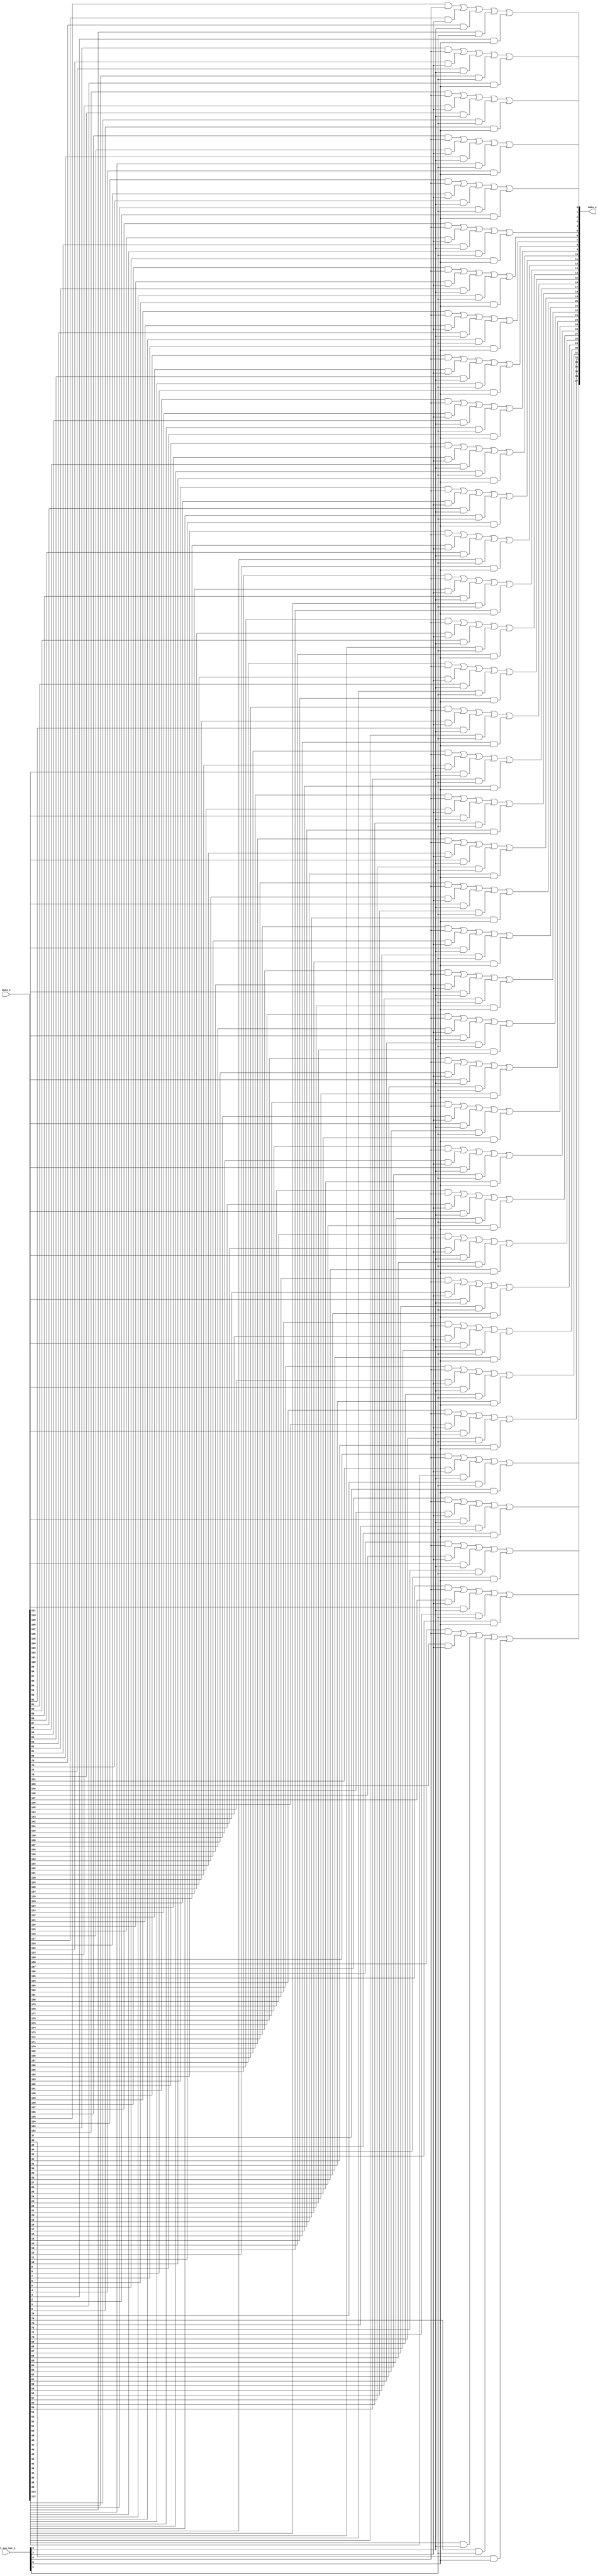
// This program was cloned from: https://github.com/NYU-MLDA/OpenABC
// License: BSD 3-Clause "New" or "Revised" License

module bsg_mux_one_hot_width_p38_els_p5
(
  data_i,
  sel_one_hot_i,
  data_o
);

  input [189:0] data_i;
  input [4:0] sel_one_hot_i;
  output [37:0] data_o;
  wire [37:0] data_o;
  wire N0,N1,N2,N3,N4,N5,N6,N7,N8,N9,N10,N11,N12,N13,N14,N15,N16,N17,N18,N19,N20,N21,
  N22,N23,N24,N25,N26,N27,N28,N29,N30,N31,N32,N33,N34,N35,N36,N37,N38,N39,N40,N41,
  N42,N43,N44,N45,N46,N47,N48,N49,N50,N51,N52,N53,N54,N55,N56,N57,N58,N59,N60,N61,
  N62,N63,N64,N65,N66,N67,N68,N69,N70,N71,N72,N73,N74,N75,N76,N77,N78,N79,N80,N81,
  N82,N83,N84,N85,N86,N87,N88,N89,N90,N91,N92,N93,N94,N95,N96,N97,N98,N99,N100,N101,
  N102,N103,N104,N105,N106,N107,N108,N109,N110,N111,N112,N113;
  wire [189:0] data_masked;
  assign data_masked[37] = data_i[37] & sel_one_hot_i[0];
  assign data_masked[36] = data_i[36] & sel_one_hot_i[0];
  assign data_masked[35] = data_i[35] & sel_one_hot_i[0];
  assign data_masked[34] = data_i[34] & sel_one_hot_i[0];
  assign data_masked[33] = data_i[33] & sel_one_hot_i[0];
  assign data_masked[32] = data_i[32] & sel_one_hot_i[0];
  assign data_masked[31] = data_i[31] & sel_one_hot_i[0];
  assign data_masked[30] = data_i[30] & sel_one_hot_i[0];
  assign data_masked[29] = data_i[29] & sel_one_hot_i[0];
  assign data_masked[28] = data_i[28] & sel_one_hot_i[0];
  assign data_masked[27] = data_i[27] & sel_one_hot_i[0];
  assign data_masked[26] = data_i[26] & sel_one_hot_i[0];
  assign data_masked[25] = data_i[25] & sel_one_hot_i[0];
  assign data_masked[24] = data_i[24] & sel_one_hot_i[0];
  assign data_masked[23] = data_i[23] & sel_one_hot_i[0];
  assign data_masked[22] = data_i[22] & sel_one_hot_i[0];
  assign data_masked[21] = data_i[21] & sel_one_hot_i[0];
  assign data_masked[20] = data_i[20] & sel_one_hot_i[0];
  assign data_masked[19] = data_i[19] & sel_one_hot_i[0];
  assign data_masked[18] = data_i[18] & sel_one_hot_i[0];
  assign data_masked[17] = data_i[17] & sel_one_hot_i[0];
  assign data_masked[16] = data_i[16] & sel_one_hot_i[0];
  assign data_masked[15] = data_i[15] & sel_one_hot_i[0];
  assign data_masked[14] = data_i[14] & sel_one_hot_i[0];
  assign data_masked[13] = data_i[13] & sel_one_hot_i[0];
  assign data_masked[12] = data_i[12] & sel_one_hot_i[0];
  assign data_masked[11] = data_i[11] & sel_one_hot_i[0];
  assign data_masked[10] = data_i[10] & sel_one_hot_i[0];
  assign data_masked[9] = data_i[9] & sel_one_hot_i[0];
  assign data_masked[8] = data_i[8] & sel_one_hot_i[0];
  assign data_masked[7] = data_i[7] & sel_one_hot_i[0];
  assign data_masked[6] = data_i[6] & sel_one_hot_i[0];
  assign data_masked[5] = data_i[5] & sel_one_hot_i[0];
  assign data_masked[4] = data_i[4] & sel_one_hot_i[0];
  assign data_masked[3] = data_i[3] & sel_one_hot_i[0];
  assign data_masked[2] = data_i[2] & sel_one_hot_i[0];
  assign data_masked[1] = data_i[1] & sel_one_hot_i[0];
  assign data_masked[0] = data_i[0] & sel_one_hot_i[0];
  assign data_masked[75] = data_i[75] & sel_one_hot_i[1];
  assign data_masked[74] = data_i[74] & sel_one_hot_i[1];
  assign data_masked[73] = data_i[73] & sel_one_hot_i[1];
  assign data_masked[72] = data_i[72] & sel_one_hot_i[1];
  assign data_masked[71] = data_i[71] & sel_one_hot_i[1];
  assign data_masked[70] = data_i[70] & sel_one_hot_i[1];
  assign data_masked[69] = data_i[69] & sel_one_hot_i[1];
  assign data_masked[68] = data_i[68] & sel_one_hot_i[1];
  assign data_masked[67] = data_i[67] & sel_one_hot_i[1];
  assign data_masked[66] = data_i[66] & sel_one_hot_i[1];
  assign data_masked[65] = data_i[65] & sel_one_hot_i[1];
  assign data_masked[64] = data_i[64] & sel_one_hot_i[1];
  assign data_masked[63] = data_i[63] & sel_one_hot_i[1];
  assign data_masked[62] = data_i[62] & sel_one_hot_i[1];
  assign data_masked[61] = data_i[61] & sel_one_hot_i[1];
  assign data_masked[60] = data_i[60] & sel_one_hot_i[1];
  assign data_masked[59] = data_i[59] & sel_one_hot_i[1];
  assign data_masked[58] = data_i[58] & sel_one_hot_i[1];
  assign data_masked[57] = data_i[57] & sel_one_hot_i[1];
  assign data_masked[56] = data_i[56] & sel_one_hot_i[1];
  assign data_masked[55] = data_i[55] & sel_one_hot_i[1];
  assign data_masked[54] = data_i[54] & sel_one_hot_i[1];
  assign data_masked[53] = data_i[53] & sel_one_hot_i[1];
  assign data_masked[52] = data_i[52] & sel_one_hot_i[1];
  assign data_masked[51] = data_i[51] & sel_one_hot_i[1];
  assign data_masked[50] = data_i[50] & sel_one_hot_i[1];
  assign data_masked[49] = data_i[49] & sel_one_hot_i[1];
  assign data_masked[48] = data_i[48] & sel_one_hot_i[1];
  assign data_masked[47] = data_i[47] & sel_one_hot_i[1];
  assign data_masked[46] = data_i[46] & sel_one_hot_i[1];
  assign data_masked[45] = data_i[45] & sel_one_hot_i[1];
  assign data_masked[44] = data_i[44] & sel_one_hot_i[1];
  assign data_masked[43] = data_i[43] & sel_one_hot_i[1];
  assign data_masked[42] = data_i[42] & sel_one_hot_i[1];
  assign data_masked[41] = data_i[41] & sel_one_hot_i[1];
  assign data_masked[40] = data_i[40] & sel_one_hot_i[1];
  assign data_masked[39] = data_i[39] & sel_one_hot_i[1];
  assign data_masked[38] = data_i[38] & sel_one_hot_i[1];
  assign data_masked[113] = data_i[113] & sel_one_hot_i[2];
  assign data_masked[112] = data_i[112] & sel_one_hot_i[2];
  assign data_masked[111] = data_i[111] & sel_one_hot_i[2];
  assign data_masked[110] = data_i[110] & sel_one_hot_i[2];
  assign data_masked[109] = data_i[109] & sel_one_hot_i[2];
  assign data_masked[108] = data_i[108] & sel_one_hot_i[2];
  assign data_masked[107] = data_i[107] & sel_one_hot_i[2];
  assign data_masked[106] = data_i[106] & sel_one_hot_i[2];
  assign data_masked[105] = data_i[105] & sel_one_hot_i[2];
  assign data_masked[104] = data_i[104] & sel_one_hot_i[2];
  assign data_masked[103] = data_i[103] & sel_one_hot_i[2];
  assign data_masked[102] = data_i[102] & sel_one_hot_i[2];
  assign data_masked[101] = data_i[101] & sel_one_hot_i[2];
  assign data_masked[100] = data_i[100] & sel_one_hot_i[2];
  assign data_masked[99] = data_i[99] & sel_one_hot_i[2];
  assign data_masked[98] = data_i[98] & sel_one_hot_i[2];
  assign data_masked[97] = data_i[97] & sel_one_hot_i[2];
  assign data_masked[96] = data_i[96] & sel_one_hot_i[2];
  assign data_masked[95] = data_i[95] & sel_one_hot_i[2];
  assign data_masked[94] = data_i[94] & sel_one_hot_i[2];
  assign data_masked[93] = data_i[93] & sel_one_hot_i[2];
  assign data_masked[92] = data_i[92] & sel_one_hot_i[2];
  assign data_masked[91] = data_i[91] & sel_one_hot_i[2];
  assign data_masked[90] = data_i[90] & sel_one_hot_i[2];
  assign data_masked[89] = data_i[89] & sel_one_hot_i[2];
  assign data_masked[88] = data_i[88] & sel_one_hot_i[2];
  assign data_masked[87] = data_i[87] & sel_one_hot_i[2];
  assign data_masked[86] = data_i[86] & sel_one_hot_i[2];
  assign data_masked[85] = data_i[85] & sel_one_hot_i[2];
  assign data_masked[84] = data_i[84] & sel_one_hot_i[2];
  assign data_masked[83] = data_i[83] & sel_one_hot_i[2];
  assign data_masked[82] = data_i[82] & sel_one_hot_i[2];
  assign data_masked[81] = data_i[81] & sel_one_hot_i[2];
  assign data_masked[80] = data_i[80] & sel_one_hot_i[2];
  assign data_masked[79] = data_i[79] & sel_one_hot_i[2];
  assign data_masked[78] = data_i[78] & sel_one_hot_i[2];
  assign data_masked[77] = data_i[77] & sel_one_hot_i[2];
  assign data_masked[76] = data_i[76] & sel_one_hot_i[2];
  assign data_masked[151] = data_i[151] & sel_one_hot_i[3];
  assign data_masked[150] = data_i[150] & sel_one_hot_i[3];
  assign data_masked[149] = data_i[149] & sel_one_hot_i[3];
  assign data_masked[148] = data_i[148] & sel_one_hot_i[3];
  assign data_masked[147] = data_i[147] & sel_one_hot_i[3];
  assign data_masked[146] = data_i[146] & sel_one_hot_i[3];
  assign data_masked[145] = data_i[145] & sel_one_hot_i[3];
  assign data_masked[144] = data_i[144] & sel_one_hot_i[3];
  assign data_masked[143] = data_i[143] & sel_one_hot_i[3];
  assign data_masked[142] = data_i[142] & sel_one_hot_i[3];
  assign data_masked[141] = data_i[141] & sel_one_hot_i[3];
  assign data_masked[140] = data_i[140] & sel_one_hot_i[3];
  assign data_masked[139] = data_i[139] & sel_one_hot_i[3];
  assign data_masked[138] = data_i[138] & sel_one_hot_i[3];
  assign data_masked[137] = data_i[137] & sel_one_hot_i[3];
  assign data_masked[136] = data_i[136] & sel_one_hot_i[3];
  assign data_masked[135] = data_i[135] & sel_one_hot_i[3];
  assign data_masked[134] = data_i[134] & sel_one_hot_i[3];
  assign data_masked[133] = data_i[133] & sel_one_hot_i[3];
  assign data_masked[132] = data_i[132] & sel_one_hot_i[3];
  assign data_masked[131] = data_i[131] & sel_one_hot_i[3];
  assign data_masked[130] = data_i[130] & sel_one_hot_i[3];
  assign data_masked[129] = data_i[129] & sel_one_hot_i[3];
  assign data_masked[128] = data_i[128] & sel_one_hot_i[3];
  assign data_masked[127] = data_i[127] & sel_one_hot_i[3];
  assign data_masked[126] = data_i[126] & sel_one_hot_i[3];
  assign data_masked[125] = data_i[125] & sel_one_hot_i[3];
  assign data_masked[124] = data_i[124] & sel_one_hot_i[3];
  assign data_masked[123] = data_i[123] & sel_one_hot_i[3];
  assign data_masked[122] = data_i[122] & sel_one_hot_i[3];
  assign data_masked[121] = data_i[121] & sel_one_hot_i[3];
  assign data_masked[120] = data_i[120] & sel_one_hot_i[3];
  assign data_masked[119] = data_i[119] & sel_one_hot_i[3];
  assign data_masked[118] = data_i[118] & sel_one_hot_i[3];
  assign data_masked[117] = data_i[117] & sel_one_hot_i[3];
  assign data_masked[116] = data_i[116] & sel_one_hot_i[3];
  assign data_masked[115] = data_i[115] & sel_one_hot_i[3];
  assign data_masked[114] = data_i[114] & sel_one_hot_i[3];
  assign data_masked[189] = data_i[189] & sel_one_hot_i[4];
  assign data_masked[188] = data_i[188] & sel_one_hot_i[4];
  assign data_masked[187] = data_i[187] & sel_one_hot_i[4];
  assign data_masked[186] = data_i[186] & sel_one_hot_i[4];
  assign data_masked[185] = data_i[185] & sel_one_hot_i[4];
  assign data_masked[184] = data_i[184] & sel_one_hot_i[4];
  assign data_masked[183] = data_i[183] & sel_one_hot_i[4];
  assign data_masked[182] = data_i[182] & sel_one_hot_i[4];
  assign data_masked[181] = data_i[181] & sel_one_hot_i[4];
  assign data_masked[180] = data_i[180] & sel_one_hot_i[4];
  assign data_masked[179] = data_i[179] & sel_one_hot_i[4];
  assign data_masked[178] = data_i[178] & sel_one_hot_i[4];
  assign data_masked[177] = data_i[177] & sel_one_hot_i[4];
  assign data_masked[176] = data_i[176] & sel_one_hot_i[4];
  assign data_masked[175] = data_i[175] & sel_one_hot_i[4];
  assign data_masked[174] = data_i[174] & sel_one_hot_i[4];
  assign data_masked[173] = data_i[173] & sel_one_hot_i[4];
  assign data_masked[172] = data_i[172] & sel_one_hot_i[4];
  assign data_masked[171] = data_i[171] & sel_one_hot_i[4];
  assign data_masked[170] = data_i[170] & sel_one_hot_i[4];
  assign data_masked[169] = data_i[169] & sel_one_hot_i[4];
  assign data_masked[168] = data_i[168] & sel_one_hot_i[4];
  assign data_masked[167] = data_i[167] & sel_one_hot_i[4];
  assign data_masked[166] = data_i[166] & sel_one_hot_i[4];
  assign data_masked[165] = data_i[165] & sel_one_hot_i[4];
  assign data_masked[164] = data_i[164] & sel_one_hot_i[4];
  assign data_masked[163] = data_i[163] & sel_one_hot_i[4];
  assign data_masked[162] = data_i[162] & sel_one_hot_i[4];
  assign data_masked[161] = data_i[161] & sel_one_hot_i[4];
  assign data_masked[160] = data_i[160] & sel_one_hot_i[4];
  assign data_masked[159] = data_i[159] & sel_one_hot_i[4];
  assign data_masked[158] = data_i[158] & sel_one_hot_i[4];
  assign data_masked[157] = data_i[157] & sel_one_hot_i[4];
  assign data_masked[156] = data_i[156] & sel_one_hot_i[4];
  assign data_masked[155] = data_i[155] & sel_one_hot_i[4];
  assign data_masked[154] = data_i[154] & sel_one_hot_i[4];
  assign data_masked[153] = data_i[153] & sel_one_hot_i[4];
  assign data_masked[152] = data_i[152] & sel_one_hot_i[4];
  assign data_o[0] = N2 | data_masked[0];
  assign N2 = N1 | data_masked[38];
  assign N1 = N0 | data_masked[76];
  assign N0 = data_masked[152] | data_masked[114];
  assign data_o[1] = N5 | data_masked[1];
  assign N5 = N4 | data_masked[39];
  assign N4 = N3 | data_masked[77];
  assign N3 = data_masked[153] | data_masked[115];
  assign data_o[2] = N8 | data_masked[2];
  assign N8 = N7 | data_masked[40];
  assign N7 = N6 | data_masked[78];
  assign N6 = data_masked[154] | data_masked[116];
  assign data_o[3] = N11 | data_masked[3];
  assign N11 = N10 | data_masked[41];
  assign N10 = N9 | data_masked[79];
  assign N9 = data_masked[155] | data_masked[117];
  assign data_o[4] = N14 | data_masked[4];
  assign N14 = N13 | data_masked[42];
  assign N13 = N12 | data_masked[80];
  assign N12 = data_masked[156] | data_masked[118];
  assign data_o[5] = N17 | data_masked[5];
  assign N17 = N16 | data_masked[43];
  assign N16 = N15 | data_masked[81];
  assign N15 = data_masked[157] | data_masked[119];
  assign data_o[6] = N20 | data_masked[6];
  assign N20 = N19 | data_masked[44];
  assign N19 = N18 | data_masked[82];
  assign N18 = data_masked[158] | data_masked[120];
  assign data_o[7] = N23 | data_masked[7];
  assign N23 = N22 | data_masked[45];
  assign N22 = N21 | data_masked[83];
  assign N21 = data_masked[159] | data_masked[121];
  assign data_o[8] = N26 | data_masked[8];
  assign N26 = N25 | data_masked[46];
  assign N25 = N24 | data_masked[84];
  assign N24 = data_masked[160] | data_masked[122];
  assign data_o[9] = N29 | data_masked[9];
  assign N29 = N28 | data_masked[47];
  assign N28 = N27 | data_masked[85];
  assign N27 = data_masked[161] | data_masked[123];
  assign data_o[10] = N32 | data_masked[10];
  assign N32 = N31 | data_masked[48];
  assign N31 = N30 | data_masked[86];
  assign N30 = data_masked[162] | data_masked[124];
  assign data_o[11] = N35 | data_masked[11];
  assign N35 = N34 | data_masked[49];
  assign N34 = N33 | data_masked[87];
  assign N33 = data_masked[163] | data_masked[125];
  assign data_o[12] = N38 | data_masked[12];
  assign N38 = N37 | data_masked[50];
  assign N37 = N36 | data_masked[88];
  assign N36 = data_masked[164] | data_masked[126];
  assign data_o[13] = N41 | data_masked[13];
  assign N41 = N40 | data_masked[51];
  assign N40 = N39 | data_masked[89];
  assign N39 = data_masked[165] | data_masked[127];
  assign data_o[14] = N44 | data_masked[14];
  assign N44 = N43 | data_masked[52];
  assign N43 = N42 | data_masked[90];
  assign N42 = data_masked[166] | data_masked[128];
  assign data_o[15] = N47 | data_masked[15];
  assign N47 = N46 | data_masked[53];
  assign N46 = N45 | data_masked[91];
  assign N45 = data_masked[167] | data_masked[129];
  assign data_o[16] = N50 | data_masked[16];
  assign N50 = N49 | data_masked[54];
  assign N49 = N48 | data_masked[92];
  assign N48 = data_masked[168] | data_masked[130];
  assign data_o[17] = N53 | data_masked[17];
  assign N53 = N52 | data_masked[55];
  assign N52 = N51 | data_masked[93];
  assign N51 = data_masked[169] | data_masked[131];
  assign data_o[18] = N56 | data_masked[18];
  assign N56 = N55 | data_masked[56];
  assign N55 = N54 | data_masked[94];
  assign N54 = data_masked[170] | data_masked[132];
  assign data_o[19] = N59 | data_masked[19];
  assign N59 = N58 | data_masked[57];
  assign N58 = N57 | data_masked[95];
  assign N57 = data_masked[171] | data_masked[133];
  assign data_o[20] = N62 | data_masked[20];
  assign N62 = N61 | data_masked[58];
  assign N61 = N60 | data_masked[96];
  assign N60 = data_masked[172] | data_masked[134];
  assign data_o[21] = N65 | data_masked[21];
  assign N65 = N64 | data_masked[59];
  assign N64 = N63 | data_masked[97];
  assign N63 = data_masked[173] | data_masked[135];
  assign data_o[22] = N68 | data_masked[22];
  assign N68 = N67 | data_masked[60];
  assign N67 = N66 | data_masked[98];
  assign N66 = data_masked[174] | data_masked[136];
  assign data_o[23] = N71 | data_masked[23];
  assign N71 = N70 | data_masked[61];
  assign N70 = N69 | data_masked[99];
  assign N69 = data_masked[175] | data_masked[137];
  assign data_o[24] = N74 | data_masked[24];
  assign N74 = N73 | data_masked[62];
  assign N73 = N72 | data_masked[100];
  assign N72 = data_masked[176] | data_masked[138];
  assign data_o[25] = N77 | data_masked[25];
  assign N77 = N76 | data_masked[63];
  assign N76 = N75 | data_masked[101];
  assign N75 = data_masked[177] | data_masked[139];
  assign data_o[26] = N80 | data_masked[26];
  assign N80 = N79 | data_masked[64];
  assign N79 = N78 | data_masked[102];
  assign N78 = data_masked[178] | data_masked[140];
  assign data_o[27] = N83 | data_masked[27];
  assign N83 = N82 | data_masked[65];
  assign N82 = N81 | data_masked[103];
  assign N81 = data_masked[179] | data_masked[141];
  assign data_o[28] = N86 | data_masked[28];
  assign N86 = N85 | data_masked[66];
  assign N85 = N84 | data_masked[104];
  assign N84 = data_masked[180] | data_masked[142];
  assign data_o[29] = N89 | data_masked[29];
  assign N89 = N88 | data_masked[67];
  assign N88 = N87 | data_masked[105];
  assign N87 = data_masked[181] | data_masked[143];
  assign data_o[30] = N92 | data_masked[30];
  assign N92 = N91 | data_masked[68];
  assign N91 = N90 | data_masked[106];
  assign N90 = data_masked[182] | data_masked[144];
  assign data_o[31] = N95 | data_masked[31];
  assign N95 = N94 | data_masked[69];
  assign N94 = N93 | data_masked[107];
  assign N93 = data_masked[183] | data_masked[145];
  assign data_o[32] = N98 | data_masked[32];
  assign N98 = N97 | data_masked[70];
  assign N97 = N96 | data_masked[108];
  assign N96 = data_masked[184] | data_masked[146];
  assign data_o[33] = N101 | data_masked[33];
  assign N101 = N100 | data_masked[71];
  assign N100 = N99 | data_masked[109];
  assign N99 = data_masked[185] | data_masked[147];
  assign data_o[34] = N104 | data_masked[34];
  assign N104 = N103 | data_masked[72];
  assign N103 = N102 | data_masked[110];
  assign N102 = data_masked[186] | data_masked[148];
  assign data_o[35] = N107 | data_masked[35];
  assign N107 = N106 | data_masked[73];
  assign N106 = N105 | data_masked[111];
  assign N105 = data_masked[187] | data_masked[149];
  assign data_o[36] = N110 | data_masked[36];
  assign N110 = N109 | data_masked[74];
  assign N109 = N108 | data_masked[112];
  assign N108 = data_masked[188] | data_masked[150];
  assign data_o[37] = N113 | data_masked[37];
  assign N113 = N112 | data_masked[75];
  assign N112 = N111 | data_masked[113];
  assign N111 = data_masked[189] | data_masked[151];

endmodule